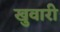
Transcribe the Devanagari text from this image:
खुवारी